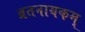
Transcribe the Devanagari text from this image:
व्रतनायकम्